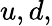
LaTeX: u,d,